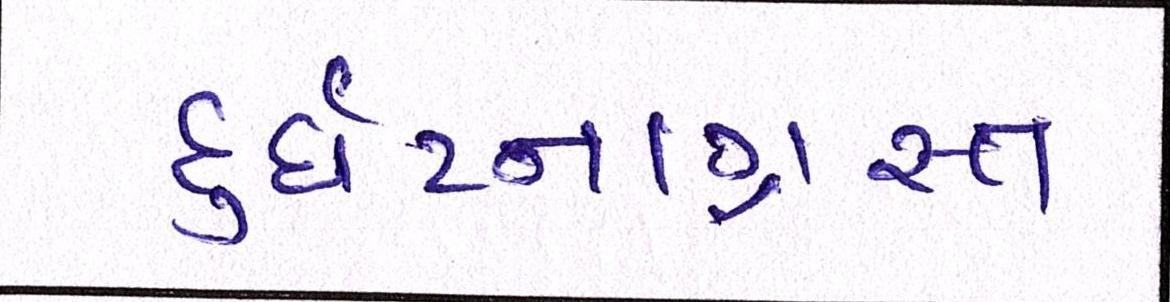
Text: દુર્ઘટનાગ્રસ્ત